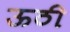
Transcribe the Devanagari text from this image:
ऊठी